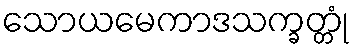
သောယမေကာဒသက္ခတ္တုံ